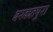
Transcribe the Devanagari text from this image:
बरकतपुरा